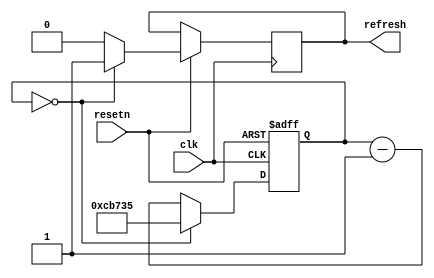
// rate divider 50 Mhz to ~60 Hz
module refresh_rate_counter
	(
		input clk,
		input resetn,
		output reg refresh
		
	);
	
	reg [19:0] q; // reg for curr val
		
	always @ (posedge clk, negedge resetn)
	begin
		if (!resetn)
			q <= 20'd833333;
		else if (q == 20'd0) begin // reset
			q <= 20'd833333;
			refresh <= 1'b1;
		end
		else begin
			q <= q - 20'd1;
			refresh <= 1'b0;
		end

	end

endmodule


module frames_counter
	(
		input clk,
		input refresh,
		input [3:0] speed,
		output reg go
		
	);
	
	reg [3:0] q;
	
	always @ (posedge clk)
	begin
		if (q == 4'd0) begin 
			if(speed == 4'b0001)
				q <= 4'd3;
			else if(speed == 4'b0010)
				q <= 4'd5;
			else if(speed == 4'b0011)
				q <= 4'd10;
			else
				q <= 4'd1;
				
			go <= 1'b1;
		end
		else if (refresh) begin
			q <= q - 4'd1;
			go <= 1'b0;
			end
		else
			go <= 1'b0;

	end

endmodule